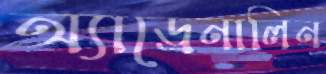
অ্যাড্রেনালিন